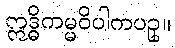
ဣဒ္ဓိကမ္မဝိပါကပဥှ။